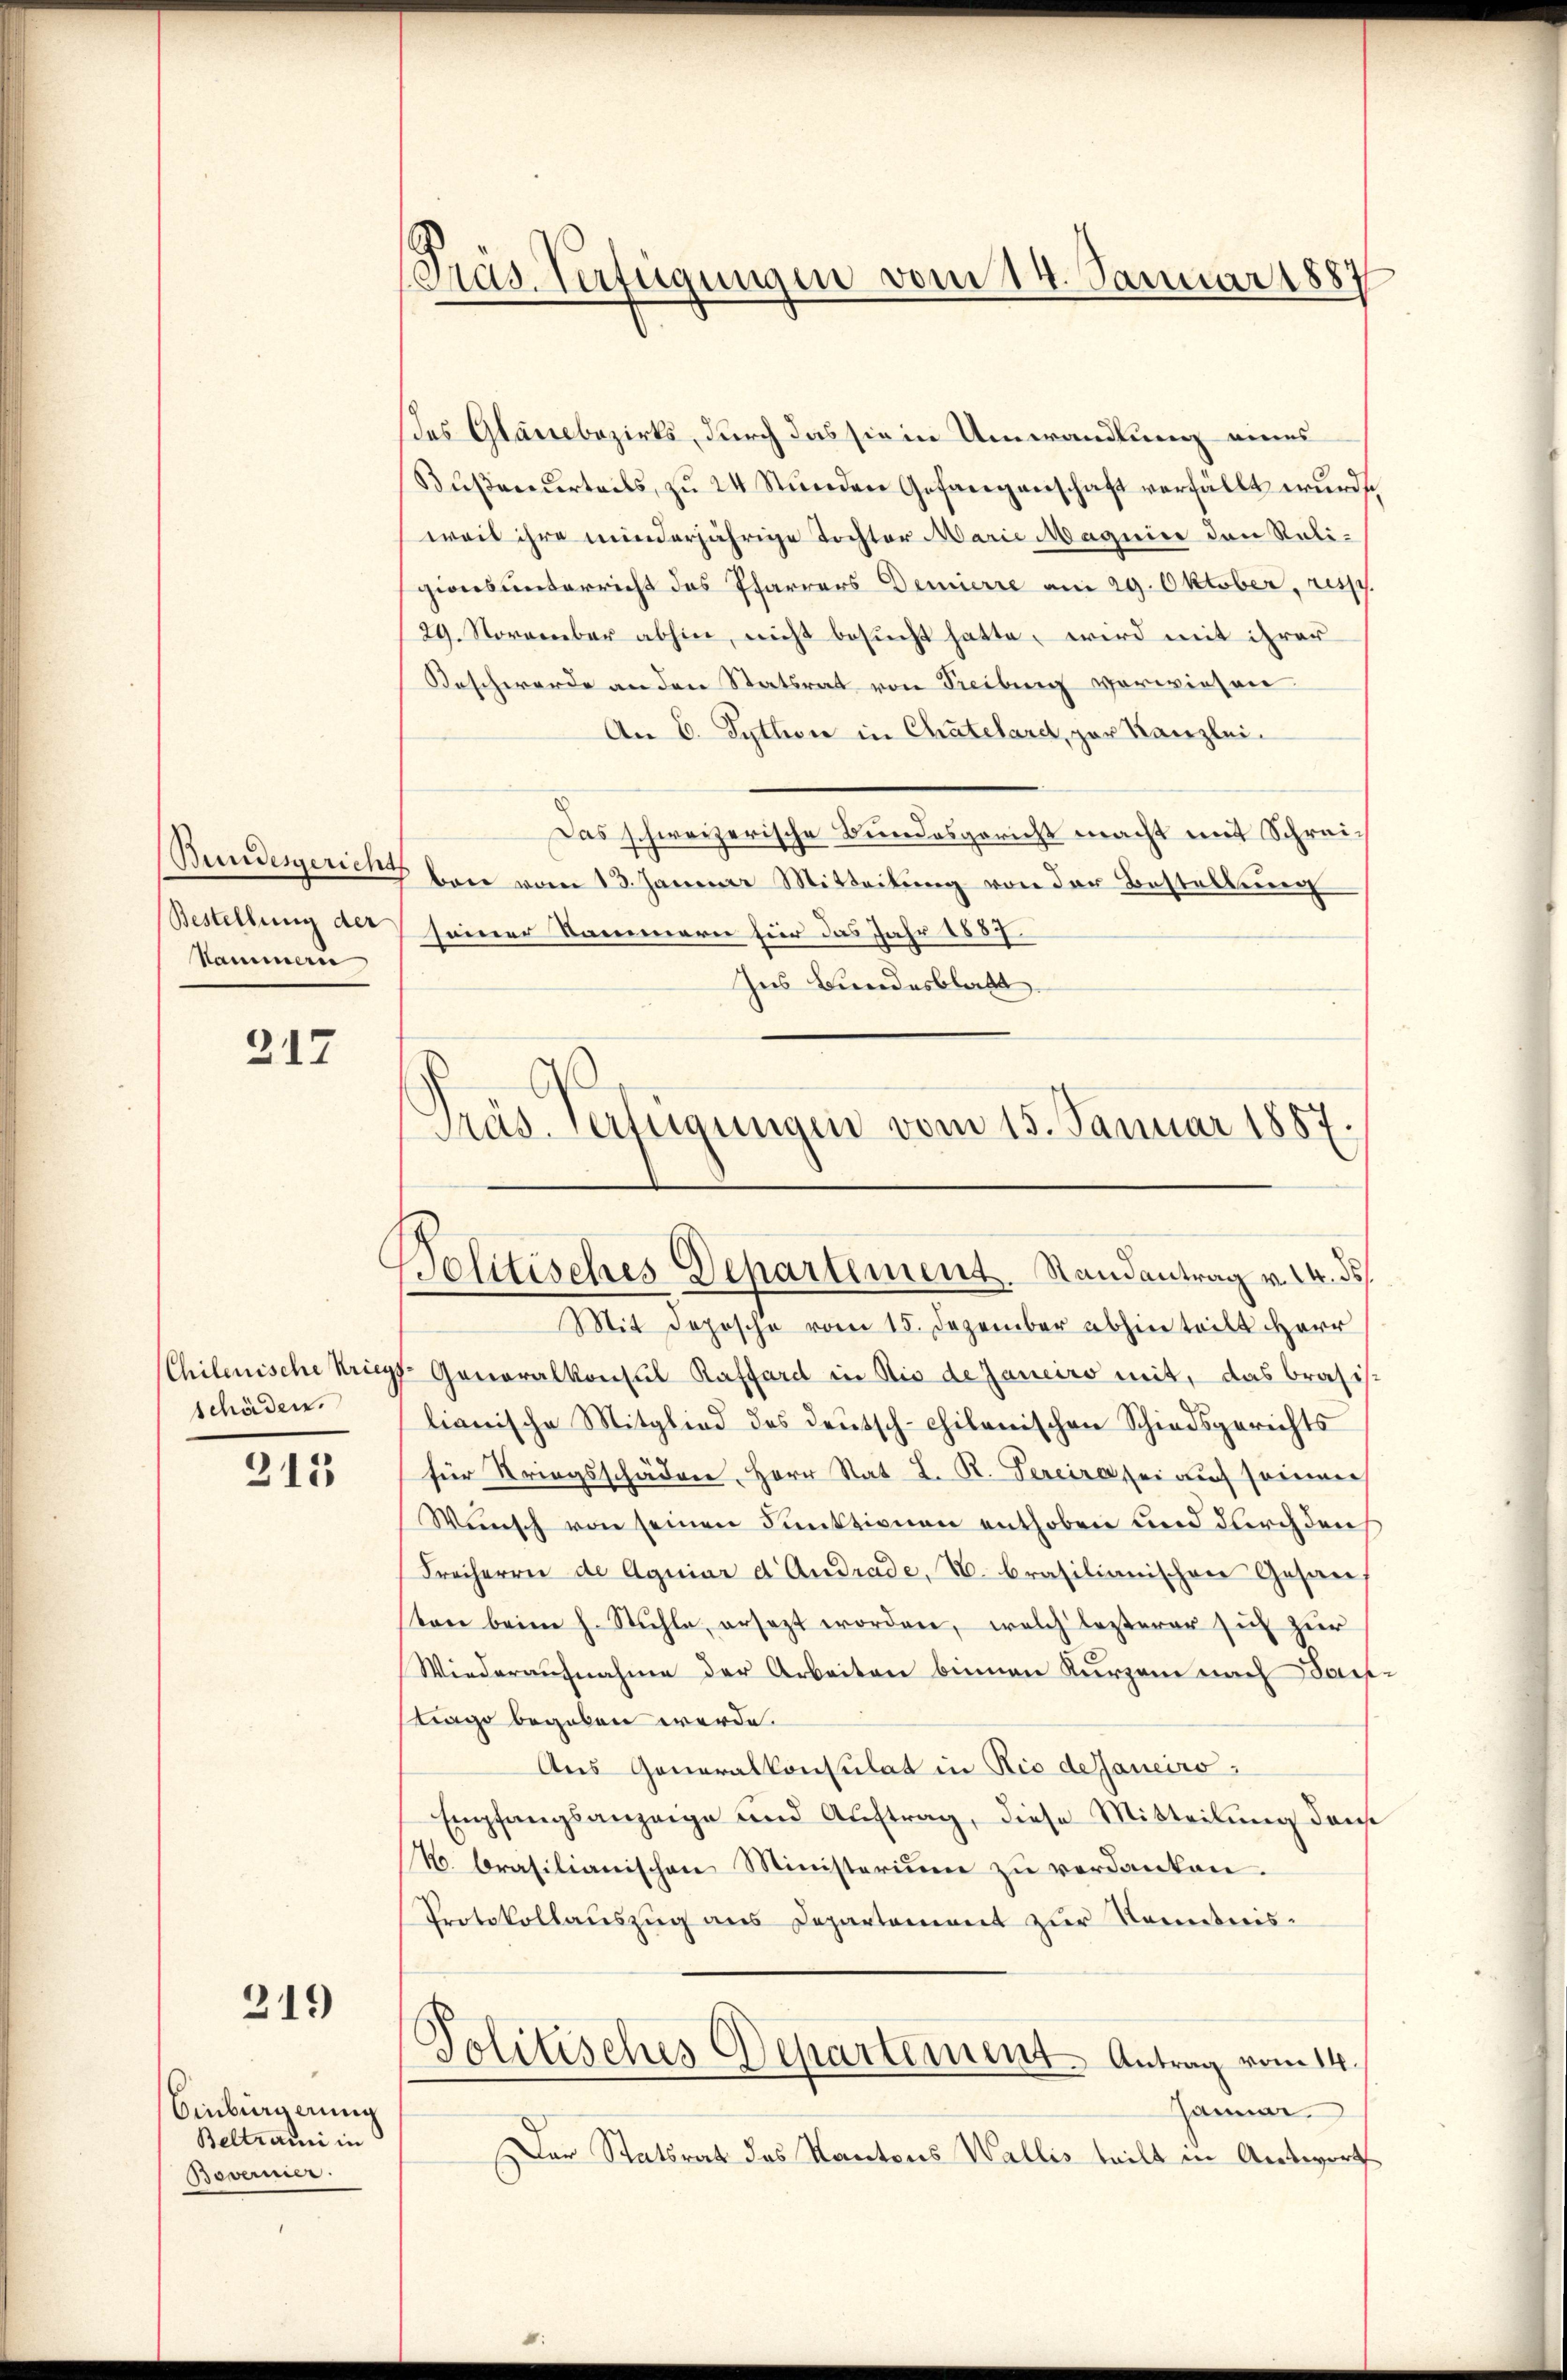
Bundesgericht
Bestellung der
Nammern

217

schäden.

313

219

Einbürgerung
Beltramni in
Beverner:

Präs. Verfügungen vom 14. Januar 1887

d
Präs. Verfügungen vom 15. Januar 1887
Pelitisches Departement. Randantrag v. 24. ds.

des Glanzbezirks, durch das sie in Umwandlung eines
Bŭβenderteils, zŭ 24 Stŭnden Gefangenschaft verfällt wŭrde,
weil ihre minderjährige Tochter Marie Magnier den Religionsunterricht des Pfarrers Demierre am 29. Oktober, res
29. November abhin, nicht besucht hatte, wird mit ihrer
Beschwerde an den Statsrat von Freibung verwiesen.
An E. Sython in Chatelard, par Kanzlei-
Das schweizerische Bundesgericht macht mit Schreiben vom 13. Januar Mitteilung von der Bestellung
seiner Kammern für das Jahr 1857.
Ins Bundesblatt
Mit Deposche vom 15. Dezember abhin teilt Herr
Chilenische Kriegs- Generalkonsul Raffard in die de Janeiro mit, das Brasis
lianische Mitglied des Deutsch-chilenischen Schiedsgerichts
für Kriegsschäden Herr Stat L. R. Sereira sei auch seinner
Wunsch von seinen Funktionen enthoben und durch den
Freiherrn de Agniar d. Andrade, u. brasilianischen Gesan
ton beim h. Stühle ersezt worden, welch lezterer sich zur
Wiederaufnahme der Arbeiten binnen Kurzen nach darf
trage begeben werde.
Aus Generalkonsulat in Rio dejaneiro
Empfangsanzeige und Auftrag, diese Mitteilung dans
N. brasilianischen Ministerium zu verdanken.
Protokollauszug aus Departement zur Kenntnis¬
Politisches Departement Antrag vom 14.
Januar.
Der Statsrat des Kantons Wallis teilt in Antwort